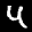
Label: 4